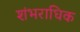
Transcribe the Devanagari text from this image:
शंभराधिक